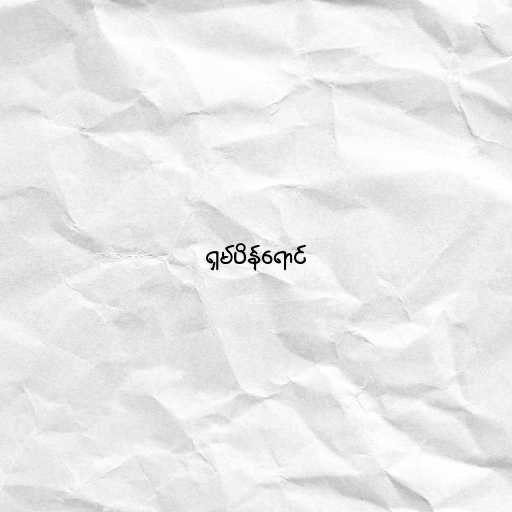
ရှမ်ပိန်ရောင်